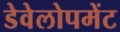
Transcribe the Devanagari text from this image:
डेवेलोपमेंट